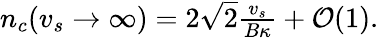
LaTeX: \begin{array}{r}{n_{c}(v_{s}\to\infty)=2\sqrt{2}\frac{v_{s}}{B\kappa}+\mathcal{O}(1).}\end{array}